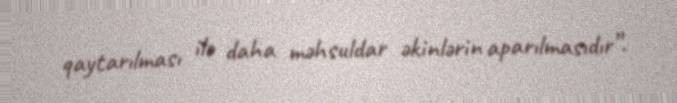
qaytarılması ilə daha məhsuldar əkinlərin aparılmasıdır”.